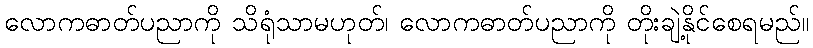
လောကဓာတ်ပညာကို သိရုံသာမဟုတ်၊ လောကဓာတ်ပညာကို တိုးချဲ့နိုင်စေရမည်။